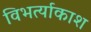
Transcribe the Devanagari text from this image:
विभर्त्याकाश